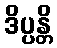
ဒိပ္ပန္တိ